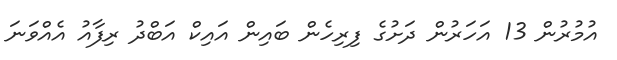
އުމުރުން 13 އަހަރުން ދަށުގެ ފިރިހެން ބައިން އައިކް އަބްދު ރިފާއު އެއްވަނަ